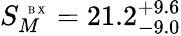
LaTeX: S_{M}^{\mathrm{~\tiny~B~X~}}=21.2_{-9.0}^{+9.6}